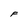
Character: F